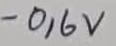
Text: -0,6V